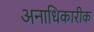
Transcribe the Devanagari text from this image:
अनाधिकारीक